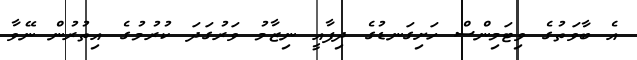
އެ ބާވަތުގެ ވިޓަމިންސް ހަށިގަނޑުގެ ދިފާއީ ނިޒާމު ވަރުގަދަ ކުރުމުގެ އިތުރުން ނޭވާ